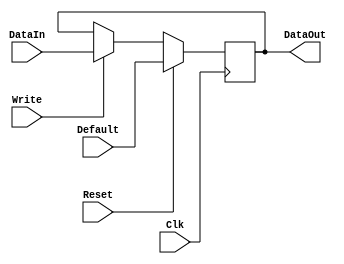
module dbg_register(DataIn, DataOut, Write, Clk, Reset, Default);

parameter WIDTH = 8; // default parameter of the register width

input [WIDTH-1:0] DataIn;

input Write;
input Clk;
input Reset;
input [WIDTH-1:0] Default;

output [WIDTH-1:0] DataOut;
reg    [WIDTH-1:0] DataOut;

//always @ (posedge Clk or posedge Reset)
always @ (posedge Clk)
begin
  if(Reset)
    DataOut[WIDTH-1:0]<=#1 Default;
  else
    begin
      if(Write)                         // write
        DataOut[WIDTH-1:0]<=#1 DataIn[WIDTH-1:0];
    end
end


endmodule